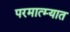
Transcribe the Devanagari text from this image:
परमात्म्यात